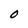
Character: O